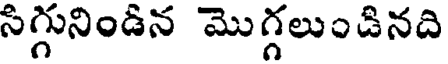
సిగ్గునిండిన మొగ్గలుండినది